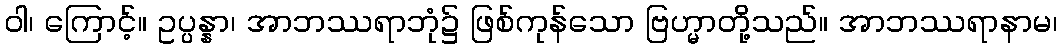
ဝါ၊ ကြောင့်။ ဥပ္ပန္နာ၊ အာဘဿရာဘုံ၌ ဖြစ်ကုန်သော ဗြဟ္မာတို့သည်။ အာဘဿရာနာမ၊